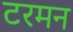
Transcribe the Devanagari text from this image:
टरमन